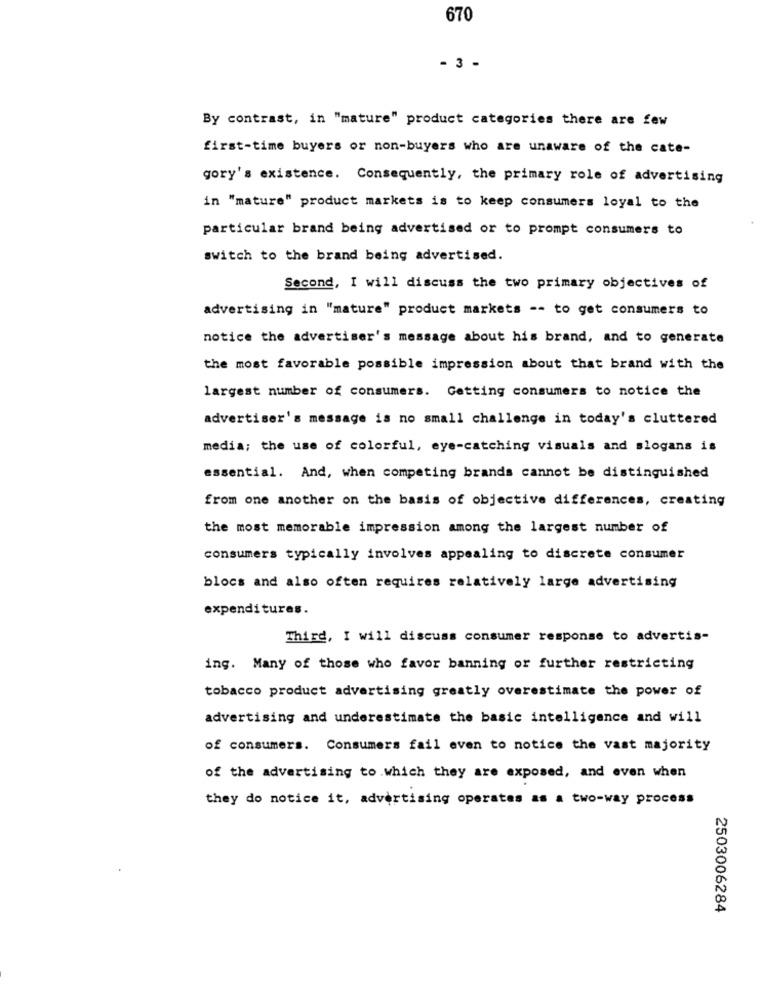
670
- 3 -
By contrast, in "mature" product categories there are few
first-time buyers or non-buyers who are unaware of the cate-
gory's existence. Consequently, the primary role of advertising
in "mature" product markets is to keep consumers loyal to the
particular brand being advertised or to prompt consumers to
switch to the brand being advertised.
Second, I will discuss the two primary objectives of
advertising in "mature" product markets -- to get consumers to
notice the advertiser's message about his brand, and to generate
the most favorable possible impression about that brand with the
largest number of consumers. Getting consumers to notice the
advertiser's message is no small challenge in today's cluttered
media; the use of colorful, eye-catching visuals and slogans is
essential. And, when competing brands cannot be distinguished
from one another on the basis of objective differences, creating
the most memorable impression among the largest number of
consumers typically involves appealing to discrete consumer
blocs and also often requires relatively large advertising
expenditures.
Third, I will discuss consumer response to advertis-
ing. Many of those who favor banning or further restricting
tobacco product advertising greatly overestimate the power of
advertising and underestimate the basic intelligence and will
of consumers. Consumers fail even to notice the vast majority
of the advertising to which they are exposed, and even when
they do notice it, advertising operates as a two-way process
2503006284